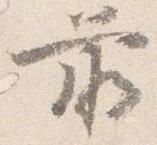
前